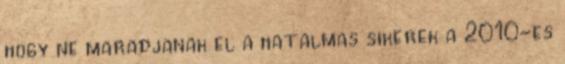
hogy ne maradjanak el a hatalmas sikerek a 2010-es